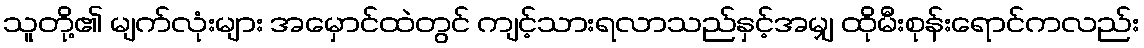
သူတို့၏ မျက်လုံးများ အမှောင်ထဲတွင် ကျင့်သားရလာသည်နှင့်အမျှ ထိုမီးစုန်းရောင်ကလည်း